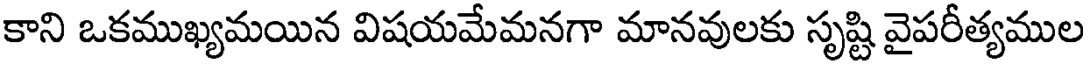
కాని ఒకముఖ్యమయిన విషయమేమనగా మానవులకు సృష్టి వైపరీత్యముల